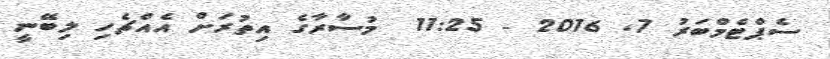
ސެޕްޓެމްބަރު 7